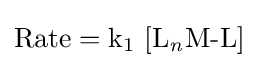
{\mathrm {Rate} {}={}{\mathit {\mathrm {k_{1}~[L_{\mathit {n}}M{\text{-}}L]} }}}